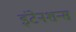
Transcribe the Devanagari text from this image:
इंटेनशन्स